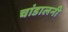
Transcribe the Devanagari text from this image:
चांडालनी